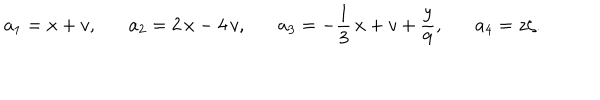
LaTeX: a _ { 1 } = x + v , \, \, \, \, \, \, \, \, \, \, a _ { 2 } = 2 \, x - 4 \, v , \, \, \, \, \, \, \, \, \, \, a _ { 3 } = - \frac { 1 } { 3 } \, x + v + \frac { y } { 9 } , \, \, \, \, \, \, \, \, \, \, a _ { 4 } = z \zeta .